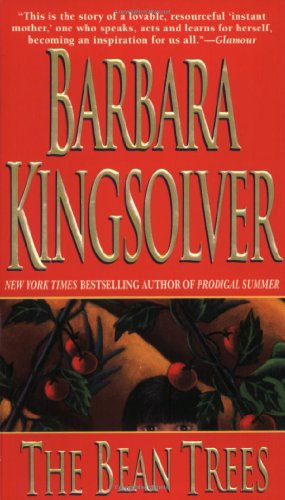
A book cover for The Bean Trees: A Novel; Barbara Kingsolver; Literature & Fiction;